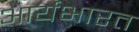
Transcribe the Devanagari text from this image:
आर्यभारत